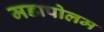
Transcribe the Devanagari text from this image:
मडापोलम